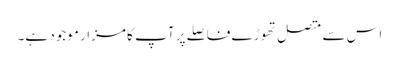
اس سے متصل تھوڑے فاصلے پر آپ کا مزار موجود ہے۔